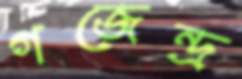
গজেন্দ্র